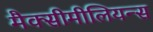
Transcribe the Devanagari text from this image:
मैक्सीमीलियन्स